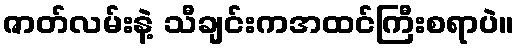
ဇာတ်လမ်းနဲ့ သီချင်းကအထင်ကြီးစရာပဲ။